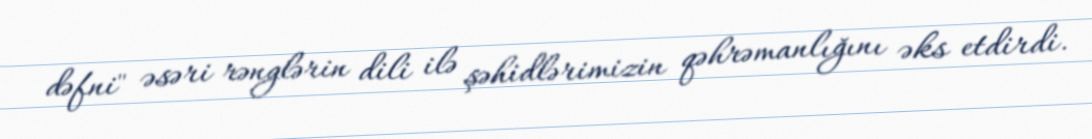
dəfni" əsəri rənglərin dili ilə şəhidlərimizin qəhrəmanlığını əks etdirdi.